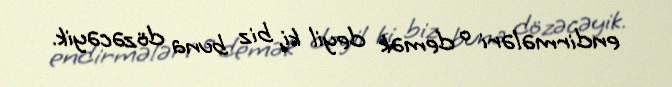
endirmələri o demək deyil ki, biz buna dözəcəyik.